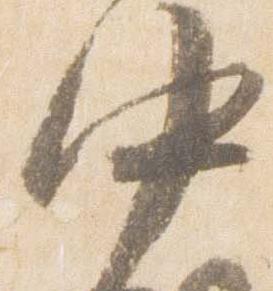
中